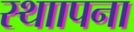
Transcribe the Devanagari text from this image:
स्थाापना